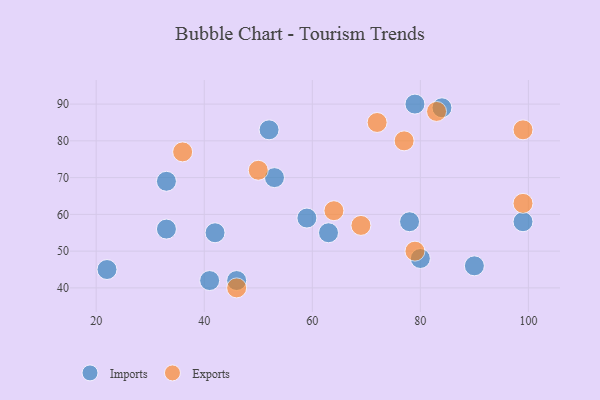
{"axis": {"x": "GDP", "y": "Life Expectancy"}, "legend": ["Exports", "Imports"], "data": [{"x": "63", "y": 55, "type": "Imports"}, {"x": "78", "y": 58, "type": "Imports"}, {"x": "52", "y": 83, "type": "Imports"}, {"x": "99", "y": 58, "type": "Imports"}, {"x": "59", "y": 59, "type": "Imports"}, {"x": "33", "y": 69, "type": "Imports"}, {"x": "46", "y": 42, "type": "Imports"}, {"x": "84", "y": 89, "type": "Imports"}, {"x": "33", "y": 56, "type": "Imports"}, {"x": "42", "y": 55, "type": "Imports"}, {"x": "90", "y": 46, "type": "Imports"}, {"x": "41", "y": 42, "type": "Imports"}, {"x": "79", "y": 90, "type": "Imports"}, {"x": "53", "y": 70, "type": "Imports"}, {"x": "80", "y": 48, "type": "Imports"}, {"x": "22", "y": 45, "type": "Imports"}, {"x": "50", "y": 72, "type": "Exports"}, {"x": "72", "y": 85, "type": "Exports"}, {"x": "69", "y": 57, "type": "Exports"}, {"x": "46", "y": 40, "type": "Exports"}, {"x": "64", "y": 61, "type": "Exports"}, {"x": "79", "y": 50, "type": "Exports"}, {"x": "83", "y": 88, "type": "Exports"}, {"x": "36", "y": 77, "type": "Exports"}, {"x": "77", "y": 80, "type": "Exports"}, {"x": "99", "y": 83, "type": "Exports"}, {"x": "99", "y": 63, "type": "Exports"}]}